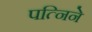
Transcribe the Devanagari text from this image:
पत्निने